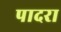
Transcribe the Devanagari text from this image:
पादरा